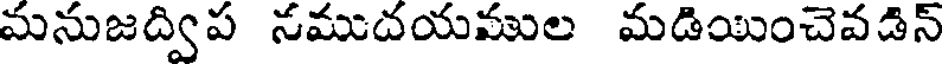
మనుజద్విప నముదయముల మడియించెవడిన్